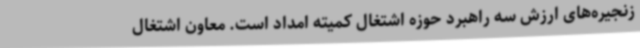
زنجیره‌های ارزش سه راهبرد حوزه اشتغال کمیته امداد است. معاون اشتغال